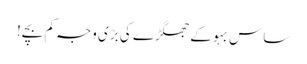
ساس بہو کے جھگڑے کی بڑی وجہ کم بچے!